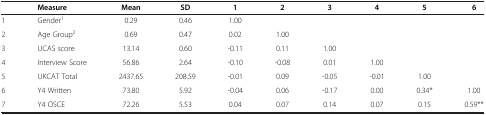
|  | Measure | Mean | SD | 1 | 2 | 3 | 4 | 5 | 6 |
 | --- | --- | --- | --- | --- | --- | --- | --- | --- | --- |
 | 1 | Gender1 | 0.29 | 0.46 | 1.00 |  |  |  |  |  |  |  |  |
 | 2 | Age Group2 | 0.69 | 0.47 | 0.02 | 1.00 |  |  |  |  |  |  |  |
 | 3 | UCAS score | 13.14 | 0.60 | -0.11 | 0.11 | 1.00 |  |  |  |  |  |  |
 | 4 | Interview Score | 56.86 | 2.64 | -0.10 | -0.08 | 0.01 | 1.00 |  |  |  |  |  |
 | 5 | UKCAT Total | 2437.65 | 208.59 | -0.01 | 0.09 | -0.05 | -0.01 | 1.00 |  |  |  |  |
 | 6 | Y4 Written | 73.80 | 5.92 | -0.04 | 0.06 | -0.17 | 0.00 | 0.34* | 1.00 |  |  |  |
 | 7 | Y4 OSCE | 72.26 | 5.53 | 0.04 | 0.07 | 0.14 | 0.07 | 0.15 | 0.59** |  |  |  |